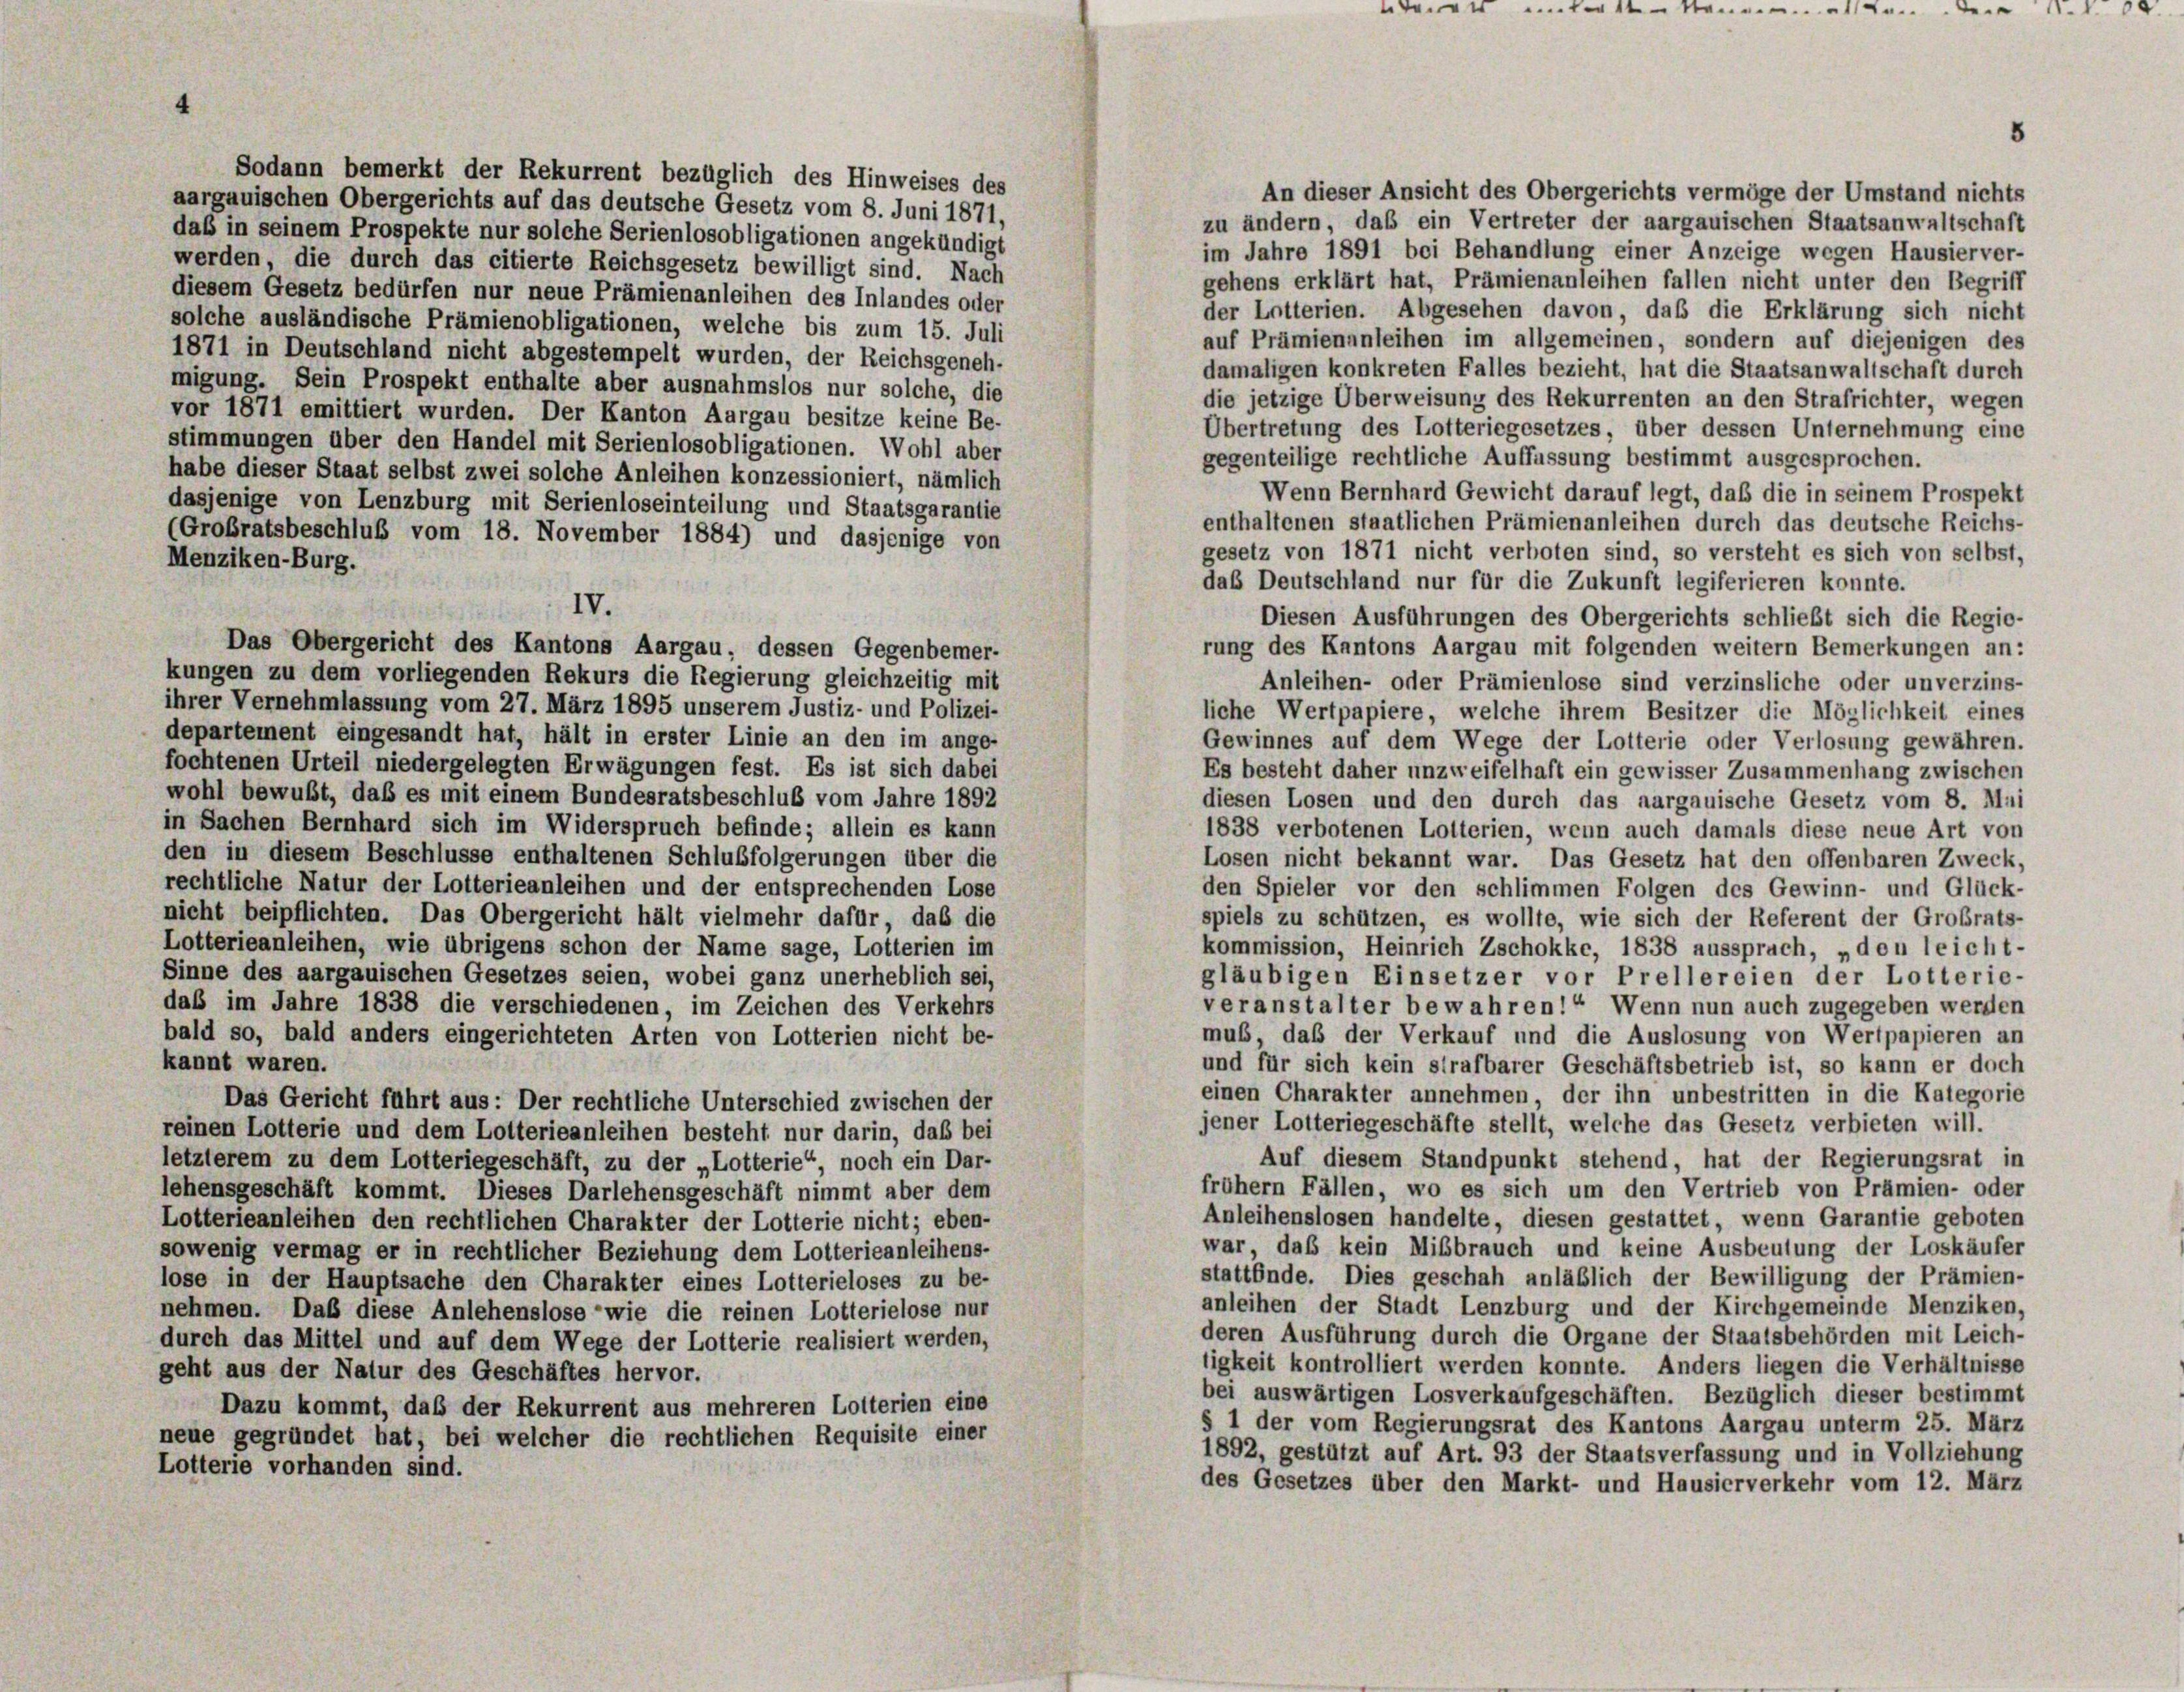
vent einterster

8

Sodann bemerkt der Rekurrent bezüglich des Hinweises des
An dieser Ansicht des Obergerichts vermöge der Umstand nichts
aargauischen Obergerichts auf das deutsche Gesetz vom 8. Juni 1871,
zu ändern, daß ein Vertreter der aargauischen Staatsanwaltschaft
daß in seinem Prospekte nur solche Serienlosobligationen angekündigt
im Jahre 1891 bei Behandlung einer Anzeige wegen Hausier ver-
werden, die durch das citierte Reichsgesetz bewilligt sind. Nach
gehens erklärt hat, Prämienanleihen fallen nicht unter den Begriff
diesem Gesetz bedürfen nur neue Prämienanleihen des Inlandes oder
der Lotterien. Abgesehen davon, daß die Erklärung sich nicht
solche ausländische Prämienobligationen, welche bis zum 15. Juli
auf Prämienanleihen im allgemeinen, sondern auf diejenigen des
1871 in Deutschland nicht abgestempelt wurden, der Reichsgeneh-
damaligen konkreten Falles bezieht, hat die Staatsanwaltschaft durch
migung. Sein Prospekt enthalte aber ausnahmslos nur solche, die
die jetzige Überweisung des Rekurrenten an den Strafrichter, wegen
vor 1871 emittiert wurden. Der Kanton Aargau besitze keine Be-
Übertretung des Lotteriegesetzes, über dessen Unternehmung eine
stimmungen über den Handel mit Serienlosobligationen. Wohl aber
gegenteilige rechtliche Auffassung bestimmt ausgesprochen.
habe dieser Staat selbst zwei solche Anleihen konzessioniert, nämlich
Wenn Bernhard Gewicht darauf legt, daß die in seinem Prospekt
dasjenige von Lenzburg mit Serienloseinteilung und Staatsgarantie
enthaltenen staatlichen Prämienanleihen durch das deutsche Reichs-
(Großratsbeschluß vom 18. November 1884) und dasjenige von
gesetz von 1871 nicht verboten sind, so versteht es sich von selbst,
Menziken-Burg.
das Deutschland nur für die Zukunft legiferieren konnte.
IV.
Diesen Ausführungen des Obergerichts schließt sich die Regie-
Das Obergericht des Kantons Aargau, dessen Gegenbemer-
rung des Kantons Aargau mit folgenden weitern Bemerkungen an:
kungen zu dem vorliegenden Rekurs die Regierung gleichzeitig mit
Anleihen- oder Prämienlose sind verzinsliche oder unverzins-
ihrer Vernehmlassung vom 27. März 1895 unserem Justiz- und Polizei-
liche Wertpapiere, welche ihrem Besitzer die Möglichkeit eines
departement eingesandt hat, hält in erster Linie an den im ange-
Gewinnes auf dem Wege der Lotterie oder Verlosung gewähren.
fochtenen Urteil niedergelegten Erwägungen fest. Es ist sich dabei
Es besteht daher unzweifelhaft ein gewisser Zusammenhang zwischen
wohl bewußt, daß es mit einem Bundesratsbeschluß vom Jahre 1892
diesen Losen und den durch das aargauische Gesetz vom 8. Mai
in Sachen Bernhard sich im Widerspruch befinde; allein es kann
1838 verbotenen Lotterien, wenn auch damals diese neue Art von
den in diesem Beschlüsse enthaltenen Schlußfolgerungen über die
Losen nicht bekannt war. Das Gesetz hat den offenbaren Zweck,
rechtliche Natur der Lotterieanleihen und der entsprechenden Lose
den Spieler vor den schlimmen Folgen des Gewinn- und Glück-
nicht beipflichten. Das Obergericht hält vielmehr dafür, das die
spiels zu schützen, es wollte, wie sich der Referent der Großrats-
Lotterieanleihen, wie übrigens schon der Name sage, Lotterien im
kommission, Heinrich Zschokke, 1838 aussprach, „den leicht-
Sinne des aargauischen Gesetzes seien, wobei ganz unerheblich sei,
gläubigen Einsetzer vor Prellereien der Lotterie-
veranstalter bewahren! Wenn nun auch zugegeben werden
daß im Jahre 1838 die verschiedenen, im Zeichen des Verkehrs
mus, daß der Verkauf und die Auslosung von Wertpapieren an
bald so, bald anders eingerichteten Arten von Lotterien nicht be-
kannt waren.
und für sich kein strafbarer Geschäftsbetrieb ist, so kann er doch
einen Charakter annehmen der ihn unbestritten in die Kategorie
Das Gericht führt aus: Der rechtliche Unterschied zwischen der
jener Lotteriegeschäfte stellt, welche das Gesetz verbieten will.
reinen Lotterie und dem Lotterieanleihen besteht nur darin, daß bei
Auf diesem Standpunkt stehend, hat der Regierungsrat in
letzterem zu dem Lotteriegeschäft, zu der „Lotterie“, noch ein Dar-
frühem Fällen, wo es sich um den Vertrieb von Prämien- oder
lehensgeschäft kommt. Dieses Darlehensgeschäft nimmt aber dem
Anleihenslosen handelte, diesen gestattet, wenn Garantie geboten
Lotterieanleihen den rechtlichen Charakter der Lotterie nicht; eben-
war, daß kein Mißbrauch und keine Ausbeutung der Loskäufer
sowenig vermag er in rechtlicher Beziehung dem Lotterieanleihens-
stattfinde. Dies geschah anläßlich der Bewilligung der Prämien-
lose in der Hauptsache den Charakter eines Lotterieloses zu be-
anleihen der Stadt Lenzburg und der Kirchgemeinde Menziken,
nehmen. Daß diese Anlehenslose wie die reinen Lotterielose nur
deren Ausführung durch die Organe der Staatsbehörden mit Leich-
durch das Mittel und auf dem Wege der Lotterie realisiert werden,
ligkeit kontrolliert werden konnte. Anders liegen die Verhältnisse
geht aus der Natur des Geschäftes hervor.
bei auswärtigen Losverkaufgeschäften. Bezüglich dieser bestimmt
Dazu kommt, daß der Rekurrent aus mehreren Lotterien eine
§ 1 der vom Regierungsrat des Kantons Aargau unterm 25. März
neue gegründet hat, bei welcher die rechtlichen Requisite einer
1892, gestützt auf Art. 93 der Staatsverfassung und in Vollziehung
Lotterie vorhanden sind.
des Gesetzes über den Markt- und Hausierverkehr vom 12. März